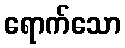
ရောက်သော